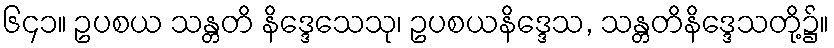
၆၄၁။ ဥပစယ သန္တတိ နိဒ္ဒေသေသု၊ ဥပစယနိဒ္ဒေသ, သန္တတိနိဒ္ဒေသတို့၌။